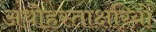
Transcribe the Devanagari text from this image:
अधोहस्ताक्षरियों